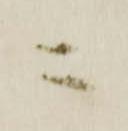
ニ